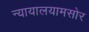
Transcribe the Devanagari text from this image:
न्यायालयामसोर